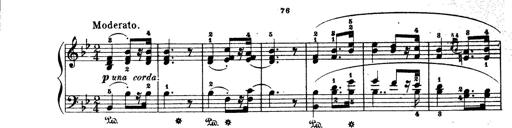
Title: Wagner-Liszt Album
Composer: Franz Liszt